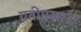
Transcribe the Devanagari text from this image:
यतीमखानों